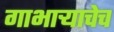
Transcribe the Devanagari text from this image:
गाभार्‍याचेच